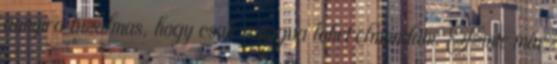
annyira bizalmas, hogy csak suttogva lehet elmondani. Szinte már